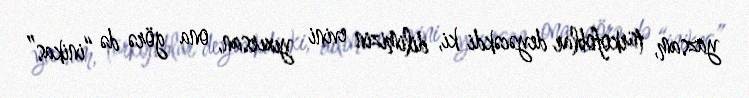
yazsam, türkofoblar deyəcəkdi ki, dilimizin evini yıxırsan, ona görə də “inikas”